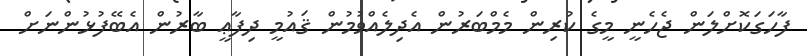
ފާހަގަކޮށްލަން ޖެހެނީ މީގެ ކުރިން މެމްބަރުން އެދިލެއްވުމުން ޤައުމީ ދިފާޢީ ބާރުން އެބޭފުޅުންނަށް